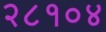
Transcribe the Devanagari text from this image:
२८१०४